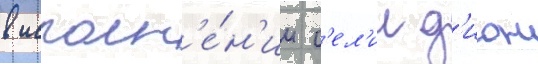
в исполн'е́н'ии с'ел'ин д'ион